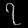
Digit: ၇